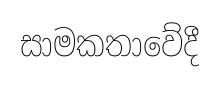
සාමකතාවේදී